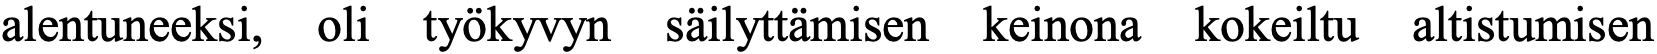
alentuneeksi, oli työkyvyn säilyttämisen keinona kokeiltu altistumisen